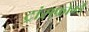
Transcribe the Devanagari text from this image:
ट्रांसफोर्म्ड